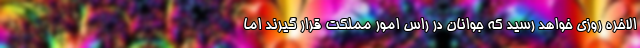
الاخره روزی خواهد رسید که جوانان در راس امور مملکت قرار گیرند اما